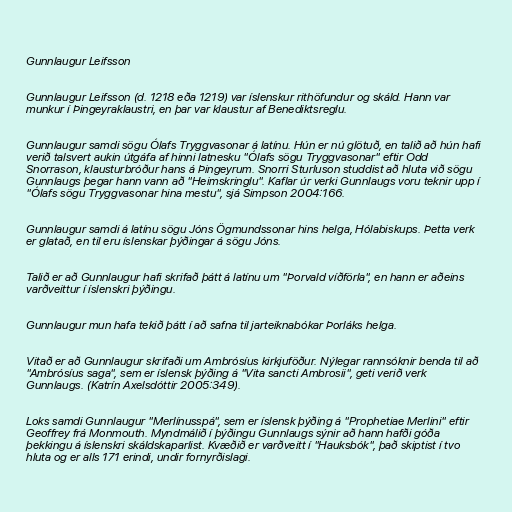
Gunnlaugur Leifsson

Gunnlaugur Leifsson (d. 1218 eða 1219) var íslenskur rithöfundur og skáld. Hann var
munkur í Þingeyraklaustri, en þar var klaustur af Benediktsreglu.

Gunnlaugur samdi sögu Ólafs Tryggvasonar á latínu. Hún er nú glötuð, en talið að hún hafi
verið talsvert aukin útgáfa af hinni latnesku "Ólafs sögu Tryggvasonar" eftir Odd
Snorrason, klausturbróður hans á Þingeyrum. Snorri Sturluson studdist að hluta við sögu
Gunnlaugs þegar hann vann að "Heimskringlu". Kaflar úr verki Gunnlaugs voru teknir upp í
"Ólafs sögu Tryggvasonar hina mestu", sjá Simpson 2004:166.

Gunnlaugur samdi á latínu sögu Jóns Ögmundssonar hins helga, Hólabiskups. Þetta verk
er glatað, en til eru íslenskar þýðingar á sögu Jóns.

Talið er að Gunnlaugur hafi skrifað þátt á latínu um "Þorvald víðförla", en hann er aðeins
varðveittur í íslenskri þýðingu.

Gunnlaugur mun hafa tekið þátt í að safna til jarteiknabókar Þorláks helga.

Vitað er að Gunnlaugur skrifaði um Ambrósíus kirkjuföður. Nýlegar rannsóknir benda til að
"Ambrósíus saga", sem er íslensk þýðing á "Vita sancti Ambrosii", geti verið verk
Gunnlaugs. (Katrín Axelsdóttir 2005:349).

Loks samdi Gunnlaugur "Merlínusspá", sem er íslensk þýðing á "Prophetiae Merlini" eftir
Geoffrey frá Monmouth. Myndmálið í þýðingu Gunnlaugs sýnir að hann hafði góða
þekkingu á íslenskri skáldskaparlist. Kvæðið er varðveitt í "Hauksbók", það skiptist í tvo
hluta og er alls 171 erindi, undir fornyrðislagi.